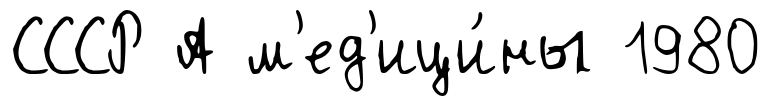
СССР А м'ед'ици́ны 1980